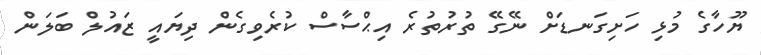
ޔޫހާގެ މުޅި ހަށިގަނޑަށް ނޭގޭ ތުރުތުރެ އިޙްސާސް ކުރެވިގެން ދިޔައީ ޒައުލް ބަލަން